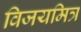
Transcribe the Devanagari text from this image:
विजयमित्र